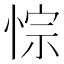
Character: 悰